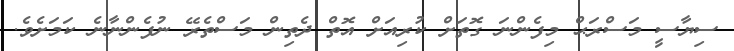
ސިޔާސީ މަސްރަޙް މިފެންނަ ގޮތަށް ކުރިއަށް އޮތް ދެތިން މަސްތެރޭ ނުފެންނާނެ ކަމަށެވެ.